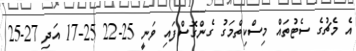
އެ މެޗުގެ ސެޓުތައް މިސްކިތްމަގު ގެންގޮސްފައި ވަނީ 25-22 25-17 އަދި 27-25